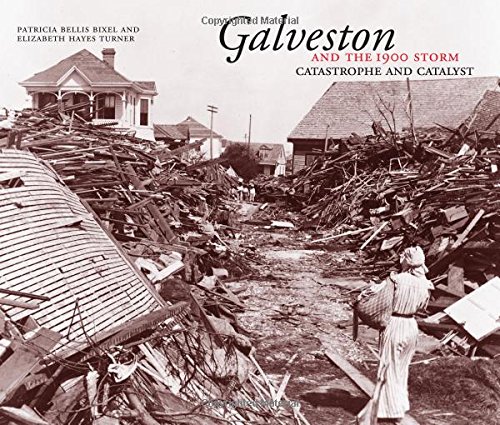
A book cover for Galveston and the 1900 Storm; Patricia Bellis Bixel; Science & Math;